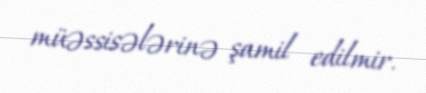
müəssisələrinə şamil edilmir.